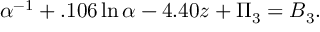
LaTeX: \alpha ^ { - 1 } + . 1 0 6 \ln \alpha - 4 . 4 0 z + \Pi _ { 3 } = B _ { 3 } .